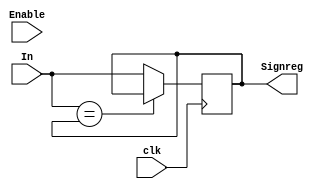
`timescale 1ns / 1ps
//////////////////////////////////////////////////////////////////////////////////
// Company: 
// Engineer: 
// 
// Design Name: 
// Module Name:    Registro_Entradas 
// Project Name: 
// Target Devices: 
// Tool versions: 
// Description: 
//
// Dependencies: 
//
// Revision: 
// Revision 0.01 - File Created
// Additional Comments: 
//
//////////////////////////////////////////////////////////////////////////////////
module Registro_Entradas #(parameter N = 25 /* Valor de N*/)(
	input wire [N-1:0] In,
	input wire Enable,clk,
	output wire [N-1:0] Signreg
    );
	 
	reg [N-1:0] Reg;
	
	initial
	begin
	Reg = 0;
	end
	
	always@(posedge clk)
		begin
			if(In == Reg)
				Reg <= Reg;
			else
				Reg <= In;
		end
		
assign Signreg = Reg;

endmodule